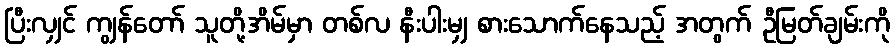
ပြီးလျှင် ကျွန်တော် သူတို့အိမ်မှာ တစ်လ နီးပါးမျှ စားသောက်နေသည့် အတွက် ဦမြတ်ချမ်းကို